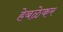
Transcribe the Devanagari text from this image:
हेबळेकर